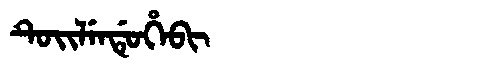
Manchu: ᡨᡠᡳᠯᡝᠨᡩᡠᡥᡝᠪᡳ
Romanization: TUILENDUHEBI